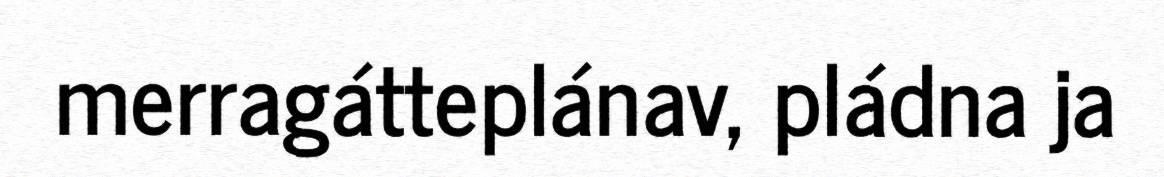
merragátteplánav, pládna ja